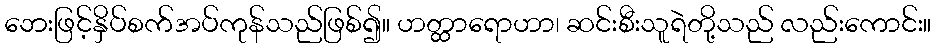
ဘေးဖြင့်နှိပ်စက်အပ်ကုန်သည်ဖြစ်၍။ ဟတ္ထာရောဟာ၊ ဆင်းစီးသူရဲတို့သည် လည်းကောင်း။